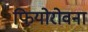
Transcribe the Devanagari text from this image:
फियोरोवना